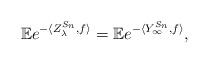
LaTeX: \begin{align*}\mathbb{E}e^{-\langle Z_{\lambda}^{S_{n}},f\rangle}=\mathbb{E}e^{-\langle Y_{\infty}^{S_{n}},f\rangle},\end{align*}